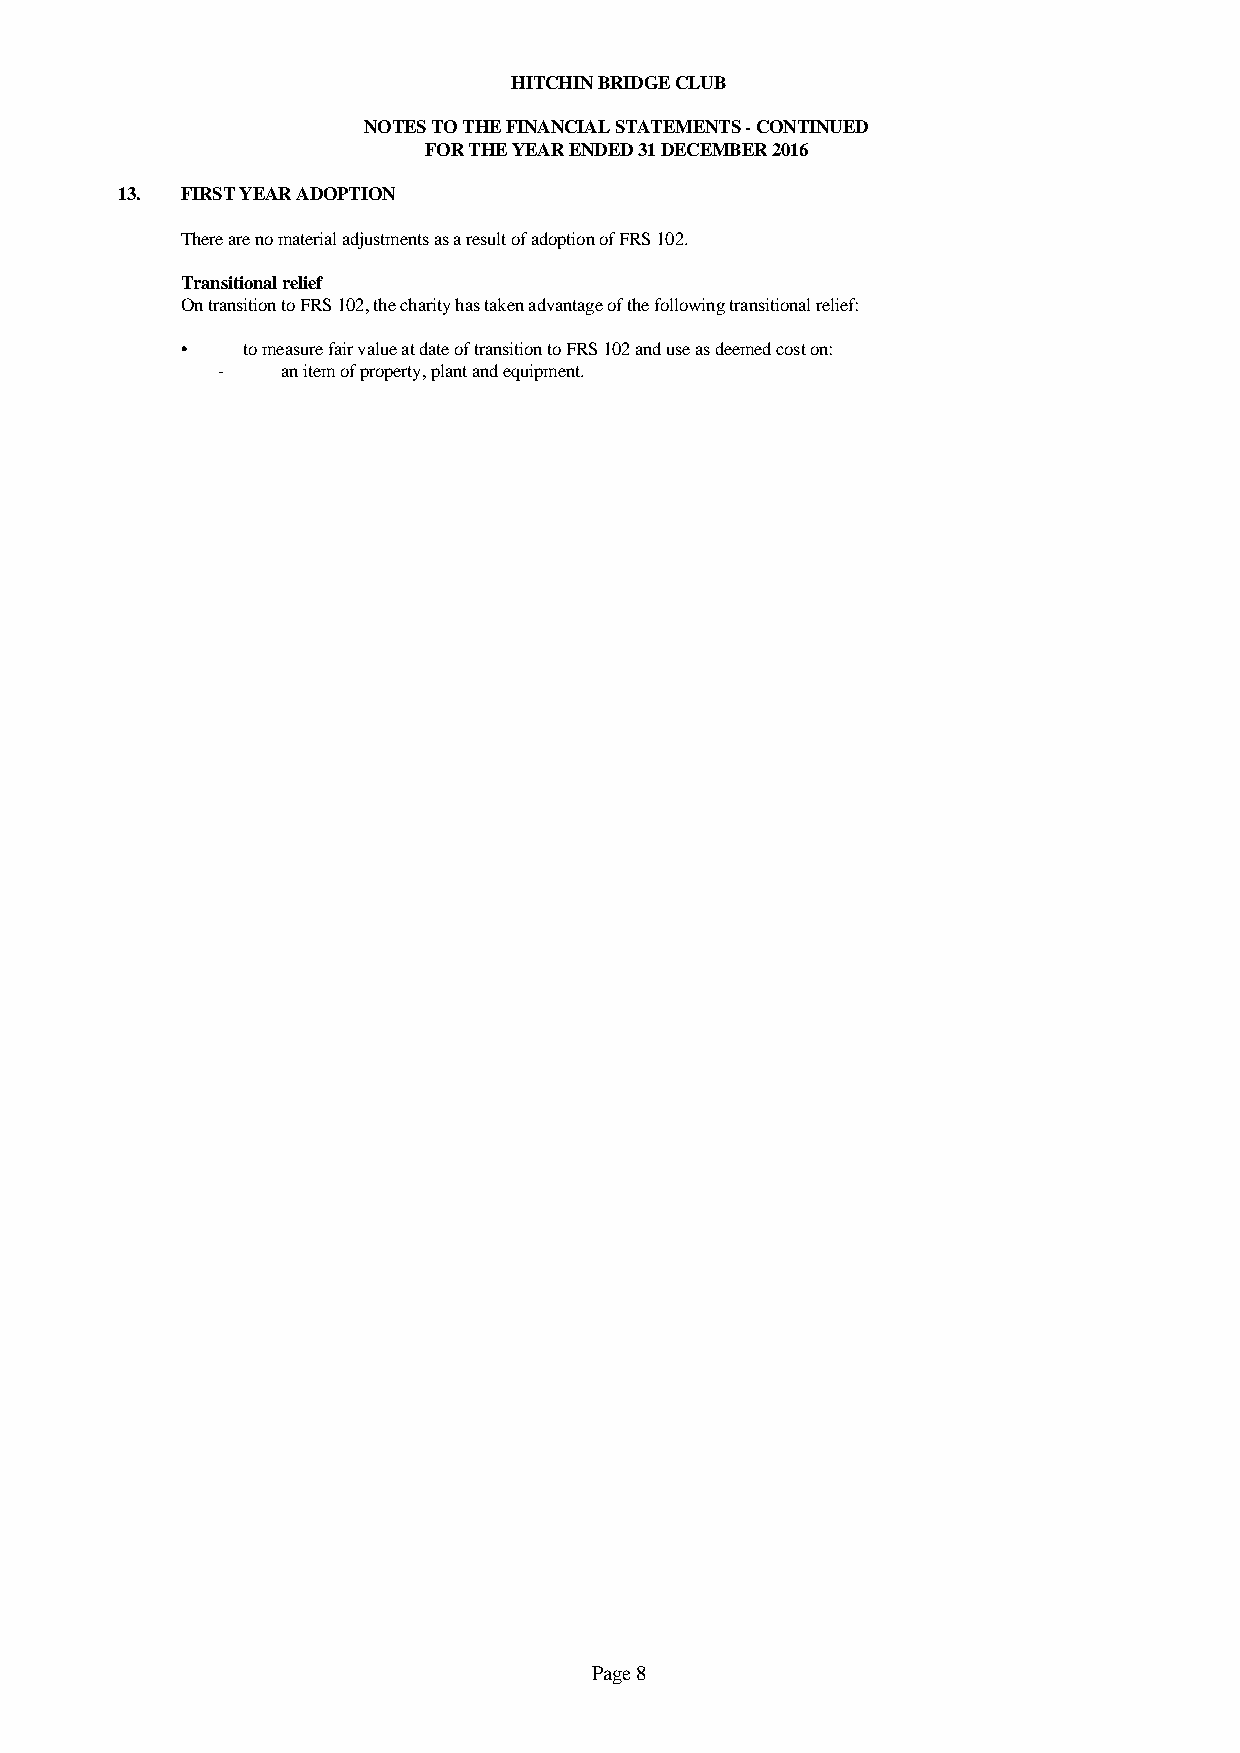
HITCHIN BRIDGE CLUB
 NOTES TO THE FINANCIAL STATEMENTS - CONTINUED
 FOR THE YEAR ENDED 31 DECEMBER 2016
 13. FIRST YEAR ADOPTION
 There are no material adjustments as a result of adoption of FRS 102.
 Transitional relief
 On transition to FRS 102, the charity has taken advantage of the following transitional relief:
 •   to measure fair value at date of transition to FRS 102 and use as deemed cost on:
 -    an item of property, plant and equipment.
 Page 8